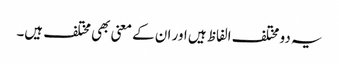
یہ دو مختلف الفاظ ہیں اور ان کے معنی بھی مختلف ہیں۔